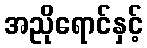
အညိုရောင်နှင့်